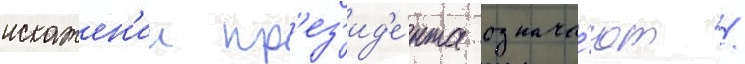
искажен'ии пр'ез'ид'е́нта означа́ют /